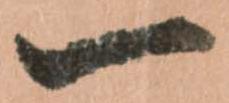
一